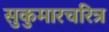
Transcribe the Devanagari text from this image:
सुकुमारचरित्र